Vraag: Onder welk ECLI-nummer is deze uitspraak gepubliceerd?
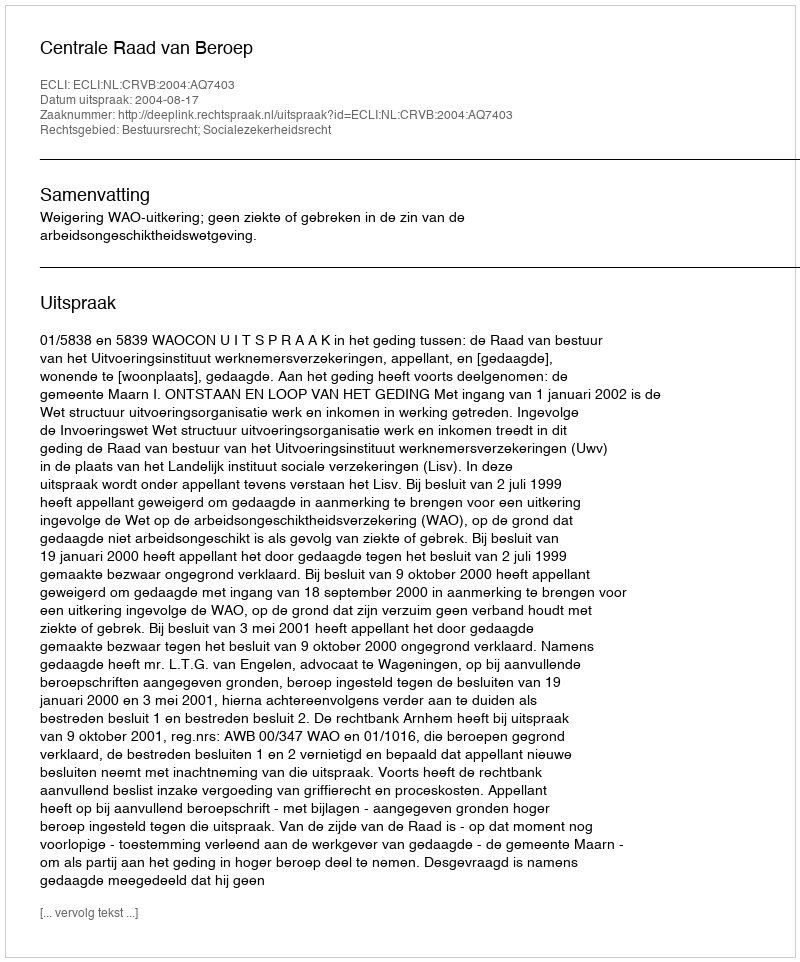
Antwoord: ECLI:NL:CRVB:2004:AQ7403